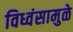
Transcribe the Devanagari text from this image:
विध्वंसामुळे